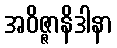
အဝိဇ္ဇာနိဒါနာ